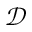
\mathscr { D }